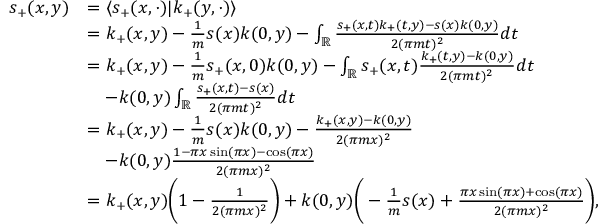
\begin{array} { r l } { s _ { + } ( x , y ) } & { = \langle s _ { + } ( x , \cdot ) | k _ { + } ( y , \cdot ) \rangle } \\ & { = k _ { + } ( x , y ) - \frac 1 m s ( x ) k ( 0 , y ) - \int _ { \mathbb { R } } \frac { s _ { + } ( x , t ) { k _ { + } ( t , y ) } - s ( x ) { k ( 0 , y ) } } { 2 ( \pi m t ) ^ { 2 } } d t } \\ & { = k _ { + } ( x , y ) - \frac 1 m s _ { + } ( x , 0 ) k ( 0 , y ) - \int _ { \mathbb { R } } s _ { + } ( x , t ) \frac { k _ { + } ( t , y ) - k ( 0 , y ) } { 2 ( \pi m t ) ^ { 2 } } d t } \\ & { \quad - k ( 0 , y ) \int _ { \mathbb { R } } \frac { s _ { + } ( x , t ) - s ( x ) } { 2 ( \pi m t ) ^ { 2 } } d t } \\ & { = k _ { + } ( x , y ) - \frac 1 m s ( x ) k ( 0 , y ) - \frac { k _ { + } ( x , y ) - k ( 0 , y ) } { 2 ( \pi m x ) ^ { 2 } } } \\ & { \quad - k ( 0 , y ) \frac { 1 - \pi x \sin ( \pi x ) - \cos ( \pi x ) } { 2 ( \pi m x ) ^ { 2 } } } \\ & { = k _ { + } ( x , y ) \bigg ( 1 - \frac 1 { 2 ( \pi m x ) ^ { 2 } } \bigg ) + k ( 0 , y ) \bigg ( - \frac 1 m s ( x ) + \frac { \pi x \sin ( \pi x ) + \cos ( \pi x ) } { 2 ( \pi m x ) ^ { 2 } } \bigg ) , } \end{array}